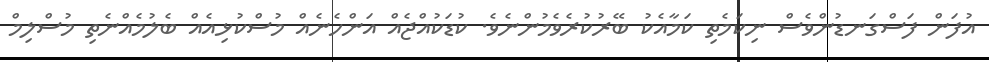
އުފަން ފަސްގަނޑުންވެސް ނިކަމެތި ކަމާއެކު ބޭރުކުރެވެމުންނެވެ. ކުޑަކުއްޖެއް އަންހެނެއް މުސްކުޅިއެއް ބެލުމެއްނެތި މުސްލިމް